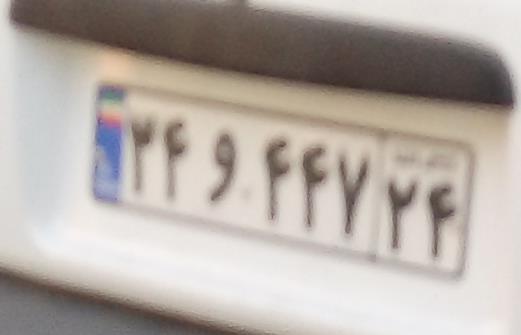
۲۴و۴۴۷۲۴